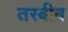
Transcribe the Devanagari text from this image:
तस्बीब